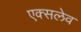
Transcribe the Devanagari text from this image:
एक्सलेव